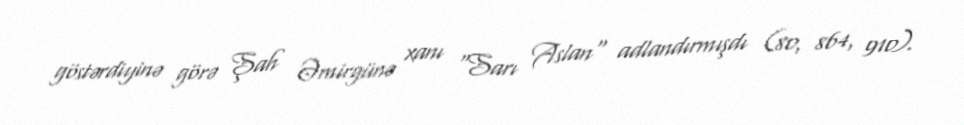
göstərdiyinə görə Şah Əmirgünə xanı "Sarı Aslan" adlandırmışdı (80, 864, 910).